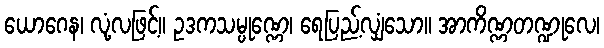
ယောဂေန၊ လုံ့လဖြင့်။ ဥဒကသမ္ပုဏ္ဏေ၊ ရေပြည့်လျှံသော။ အာကိဏ္ဏတဏ္ဍုလေ၊